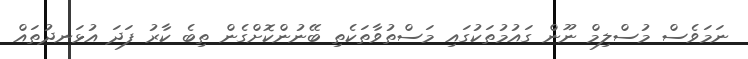
ނަމަވެސް މުސްލިމް ނޫން ގައުމުތަކުގައި މަސްތުވާތަކެތި ބޭނުންކޮށްގެން ތިބެ ކާރު ފަދަ އުޅަނދުތައް